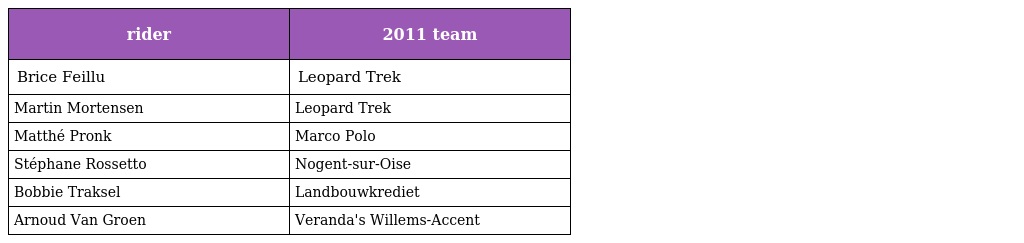
| rider | 2011 team |
 | --- | --- |
 | Brice Feillu | Leopard Trek |
 | Martin Mortensen | Leopard Trek |
 | Matthé Pronk | Marco Polo |
 | Stéphane Rossetto | Nogent-sur-Oise |
 | Bobbie Traksel | Landbouwkrediet |
 | Arnoud Van Groen | Veranda's Willems-Accent |